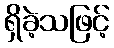
ရှိခဲ့သဖြင့်